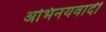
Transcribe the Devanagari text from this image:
अभिनयवादी